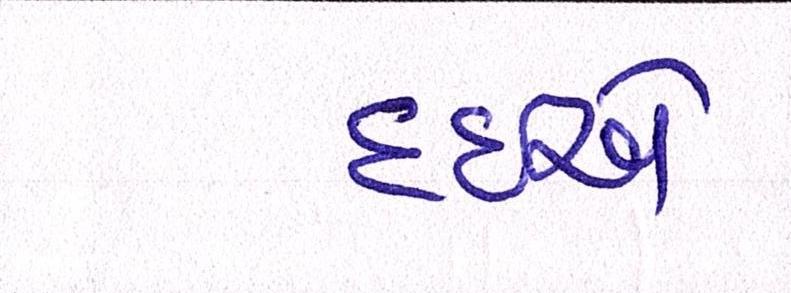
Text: દઇએ